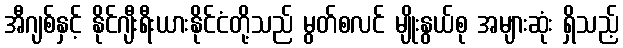
အီဂျစ်နှင့် နိုင်ဂျီးရီးယားနိုင်ငံတို့သည် မွတ်စလင် မျိုးနွယ်စု အများဆုံး ရှိသည့်